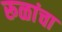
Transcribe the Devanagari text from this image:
रूळांचा